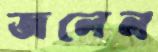
জলেন